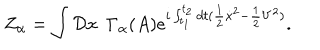
Z _ { \alpha } = \int { \cal D } x \, \, \, \Gamma _ { \alpha } ( A ) \displaystyle { e } ^ { i \int _ { t _ { 1 } } ^ { t _ { 2 } } d t ( { \frac { 1 } { 2 } } { \dot { x } } ^ { 2 } - { \frac { 1 } { 2 } } V ^ { 2 } ) } .